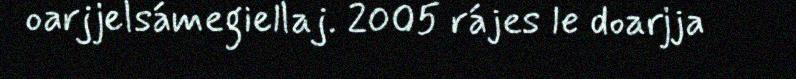
oarjjelsámegiellaj. 2005 rájes le doarjja